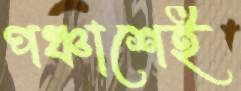
পঞ্চাশেই